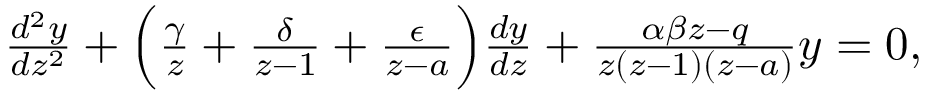
\begin{array} { r } { \frac { d ^ { 2 } y } { d z ^ { 2 } } + \Big ( \frac { \gamma } { z } + \frac { \delta } { z - 1 } + \frac { \epsilon } { z - a } \Big ) \frac { d y } { d z } + \frac { \alpha \beta z - q } { z ( z - 1 ) ( z - a ) } y = 0 , } \end{array}